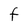
Character: F